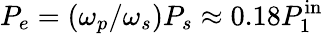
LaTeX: P_{e}=(\omega_{p}/\omega_{s})P_{s}\approx 0.18P_{1}^{\mathrm{in}}